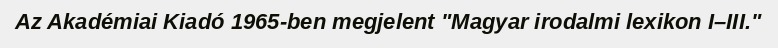
Az Akadémiai Kiadó 1965-ben megjelent "Magyar irodalmi lexikon I–III."